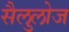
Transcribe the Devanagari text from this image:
सैलुलोज